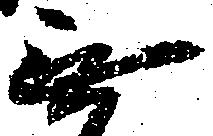
無